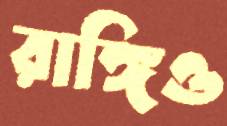
রাঙ্গিও